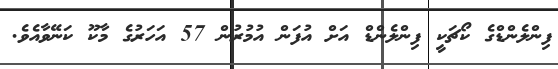
ފިންލެންޑްގެ ކޯޗަކީ ފިންލެންޑް އަށް އުފަން އުމުރުން 57 އަހަރުގެ މާކޫ ކަނޭވާއެވެ.